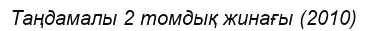
Таңдамалы 2 томдық жинағы (2010)